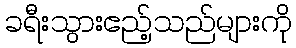
ခရီးသွားဧည့်သည်များကို